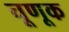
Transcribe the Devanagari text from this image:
चूणूक